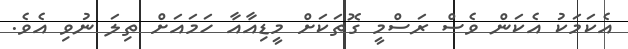
އެކަމަކު އެކަން ވެސް ރަސްމީ ގޮތަކަށް މީޑިއާއާ ހަމައަށް ތިލަ ނުވި އެވެ.